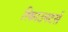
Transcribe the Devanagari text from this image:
रिकाउनटर्स